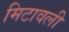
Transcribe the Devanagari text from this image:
मिटावली